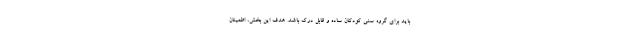
باید برای گروه سنی کودکان ساده و قابل درک باشد. هدف این بخش، اطمینان